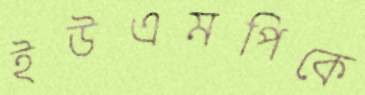
ইউএমপিকে